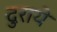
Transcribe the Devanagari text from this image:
दुराये